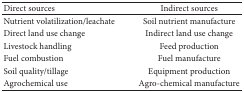
| Direct sources | Indirect sources |
 | --- | --- |
 | Nutrient volatilization/leachate | Soil nutrient manufacture |
 | Direct land use change | Indirect land use change |
 | Livestock handling | Feed production |
 | Fuel combustion | Fuel manufacture |
 | Soil quality/tillage | Equipment production |
 | Agrochemical use | Agro-chemical manufacture |